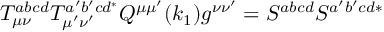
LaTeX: T _ { \mu \nu } ^ { a b c d } T _ { \mu ^ { \prime } \nu ^ { \prime } } ^ { a ^ { \prime } b ^ { \prime } c d ^ { * } } Q ^ { \mu \mu ^ { \prime } } ( k _ { 1 } ) g ^ { \nu \nu ^ { \prime } } = S ^ { a b c d } S ^ { a ^ { \prime } b ^ { \prime } c d * }